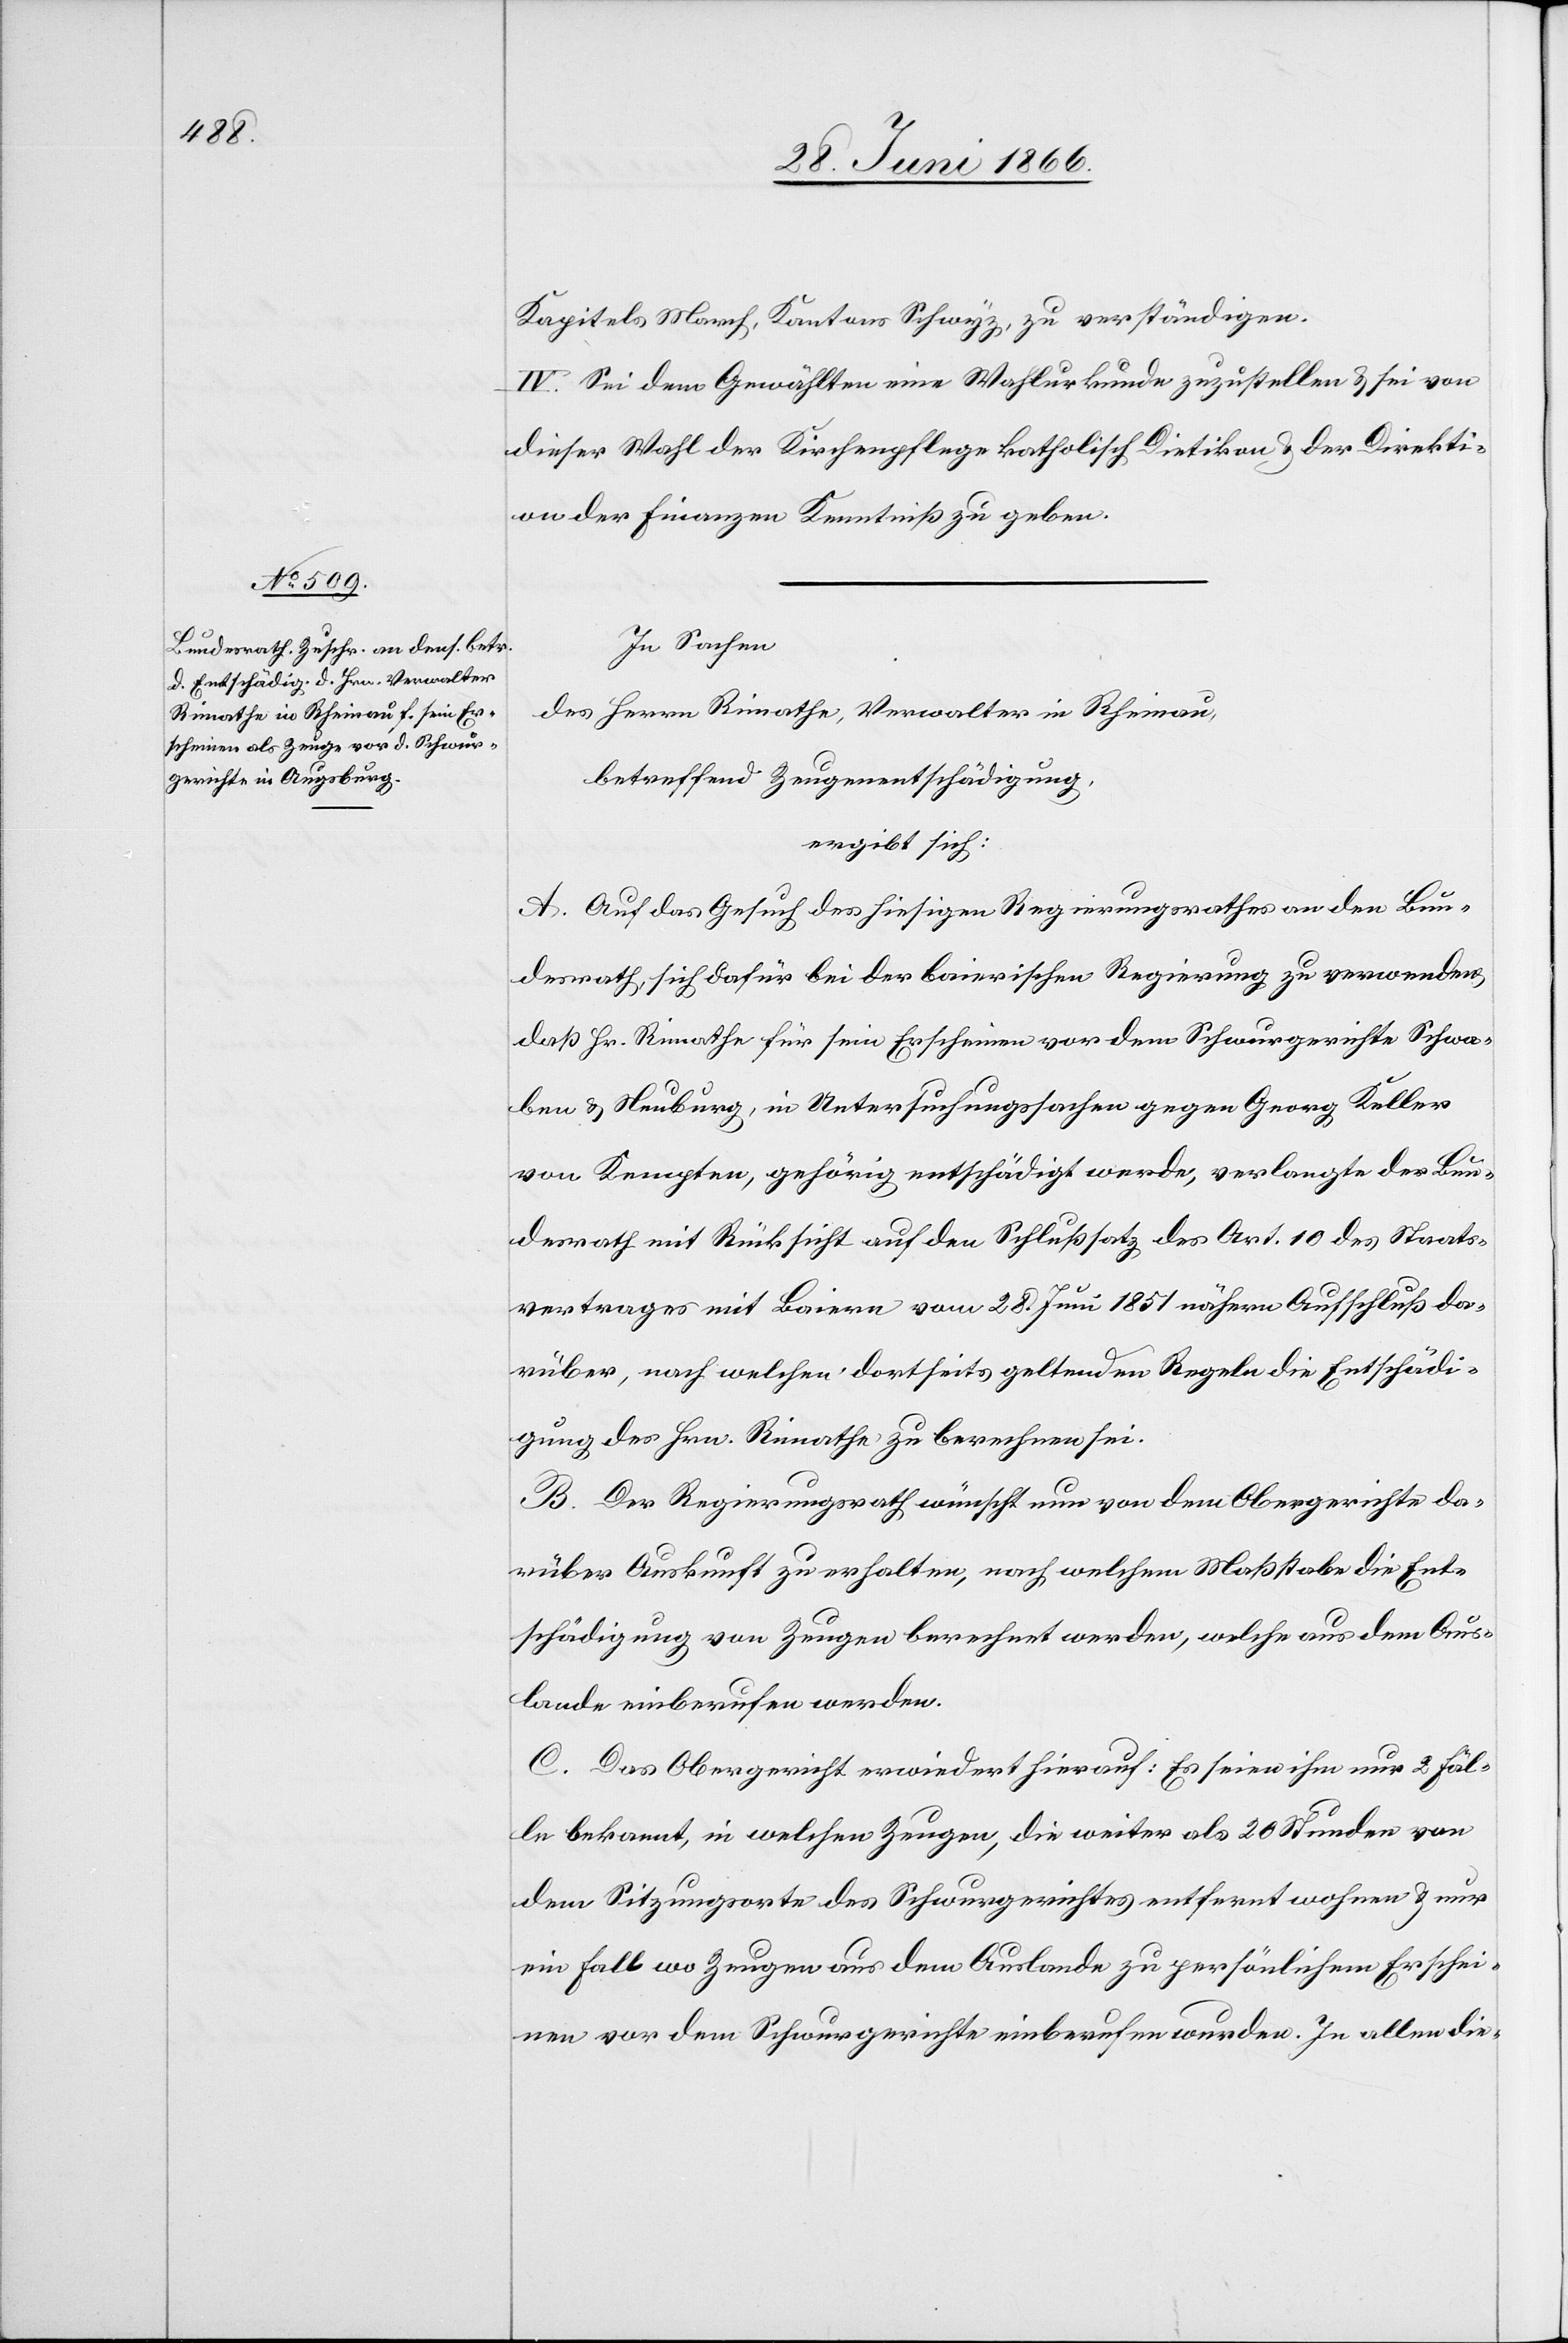
Kapitels March, Kantons Schwyz, zu verständigen.
IV. Sei dem Gewählten eine Wahlurkunde zuzustellen u. sei von
dieser Wahl der Kirchenpflege katholisch Dietikon u. der Direkti¬
on der Finanzen Kenntniß zu geben.
In Sachen
des Herrn Rimathe, Verwalter in Rheinau,
betreffend Zeugenentschädigung,
ergibt sich:
A. Auf das Gesuch des hiesigen Regierungsrathes an den Bun¬
desrath, sich dafür bei der baierischen Regierung zu verwenden,
daß Hr. Rimathe für sein Erscheinen vor dem Schwurgerichte Schwa¬
ben u. Neuburg, in Untersuchungssachen gegen Georg Keller
von Kempten, gehörig entschädigt werde, verlangte der Bun¬
desrath mit Rücksicht auf den Schlußsatz des Art. 10 des Staats¬
vertrages mit Baiern vom 28. Juni 1851 nähern Aufschluß da¬
rüber, nach welchen dortseits geltenden Regeln die Entschädi¬
gung des Hrn. Rimathe zu berechnen sei.
B. Der Regierungsrath wünscht nun von dem Obergerichte da¬
rüber Auskunft zu erhalten, nach welchem Maßstabe die Ent¬
schädigung von Zeugen berechnet werden [sic!], welche aus dem Aus¬
lande einberufen werden.
C. Das Obergericht erwiedert hierauf: Es seien ihm nur 2 Fäl¬
le bekannt, in welchen Zeugen, die weiter als 20 Stunden von
dem Sitzungsorte des Schwurgerichtes entfernt wohnen u. nur
ein Fall wo Zeugen aus dem Auslande zu persönlichem Erschei¬
nen vor dem Schwurgerichte einberufen wurden. In allen die-